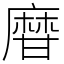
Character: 𤯌